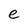
Character: e